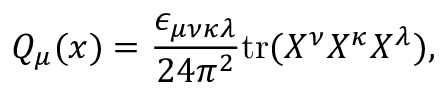
Q _ { \mu } ( x ) = \frac { \epsilon _ { \mu \nu \kappa \lambda } } { 2 4 \pi ^ { 2 } } \mathrm { t r } ( X ^ { \nu } X ^ { \kappa } X ^ { \lambda } ) ,